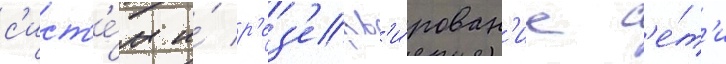
с'ист'е́м и́ р'ез'ерв'и́рован'ие с'е́т'и